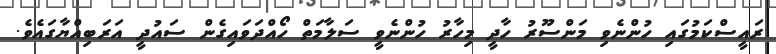
ރައީސްކަމުގައި ހުންނެވި މަންސޫރު ހާދީ މިހާރު ހުންނެވީ ސަލާމަތް ހޯއްދަވައިގެން ސައުދީ އަރަބިއްޔާގައެވެ.